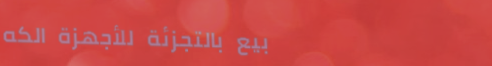
بيع بالتجزئة للأجهزة الكه